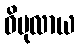
ဝိပုလာယ